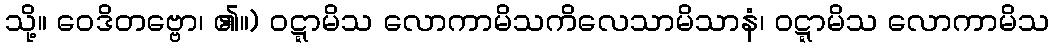
သို့။ ဝေဒိတဗ္ဗော၊ ၏။) ဝဋ္ဋာမိသ လောကာမိသကိလေသာမိသာနံ၊ ဝဋ္ဋာမိသ လောကာမိသ